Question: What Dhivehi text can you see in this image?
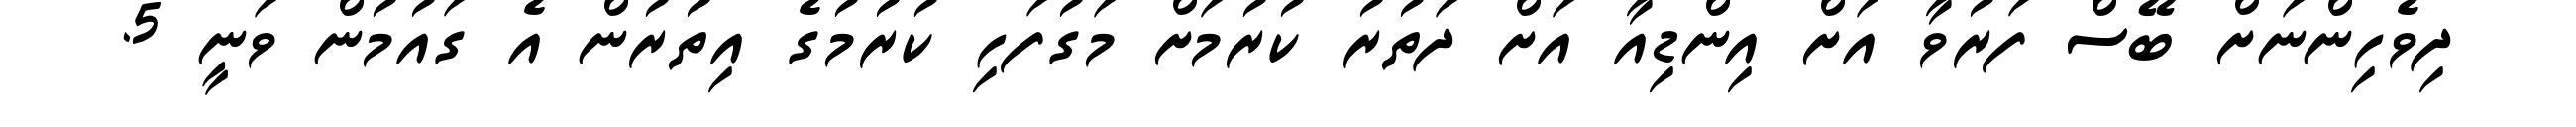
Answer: ދިވެހިންނަށް ބޭސް ފަރުވާ އަށް އިންޑިއާ އަށް ދަތުރު ކުރުމަށް މަގުފަހި ކުރުމުގެ އިތުރުން އެ ގައުމުން ވަނީ 5.